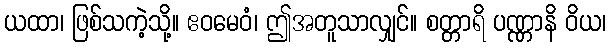
ယထာ၊ ဖြစ်သကဲ့သို့။ ဧဝမေဝံ၊ ဤအတူသာလျှင်။ စတ္တာရိ ပဏ္ဏာနိ ဝိယ၊